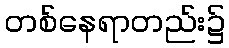
တစ်နေရာတည်း၌